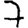
Digit: 7